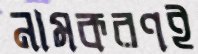
নামকরণই